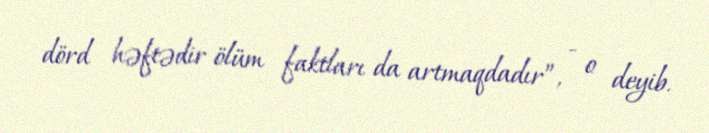
dörd həftədir ölüm faktları da artmaqdadır”, - o deyib.